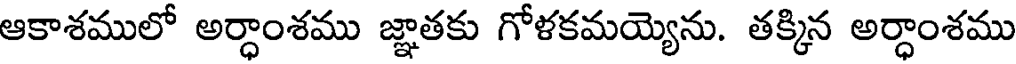
ఆకాశములో అర్ధాంశము జ్ఞాతకు గోళకమయ్యెను. తక్కిన అర్ధాంశము